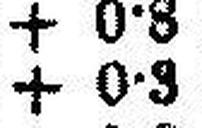
+ 0•3